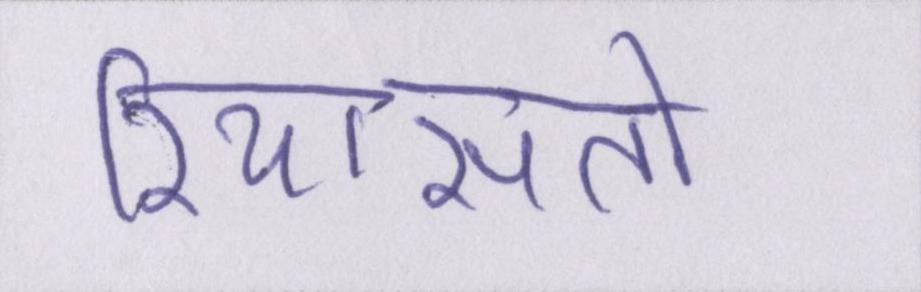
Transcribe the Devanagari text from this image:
रियासतों